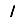
Digit: 1